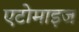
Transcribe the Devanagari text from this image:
एटोमाइज